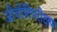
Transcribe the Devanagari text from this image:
जीवोतिपरीक्षण